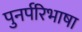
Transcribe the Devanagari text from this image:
पुनर्परिभाषा